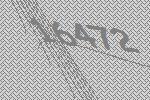
16472